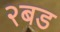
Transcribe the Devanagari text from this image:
२बड